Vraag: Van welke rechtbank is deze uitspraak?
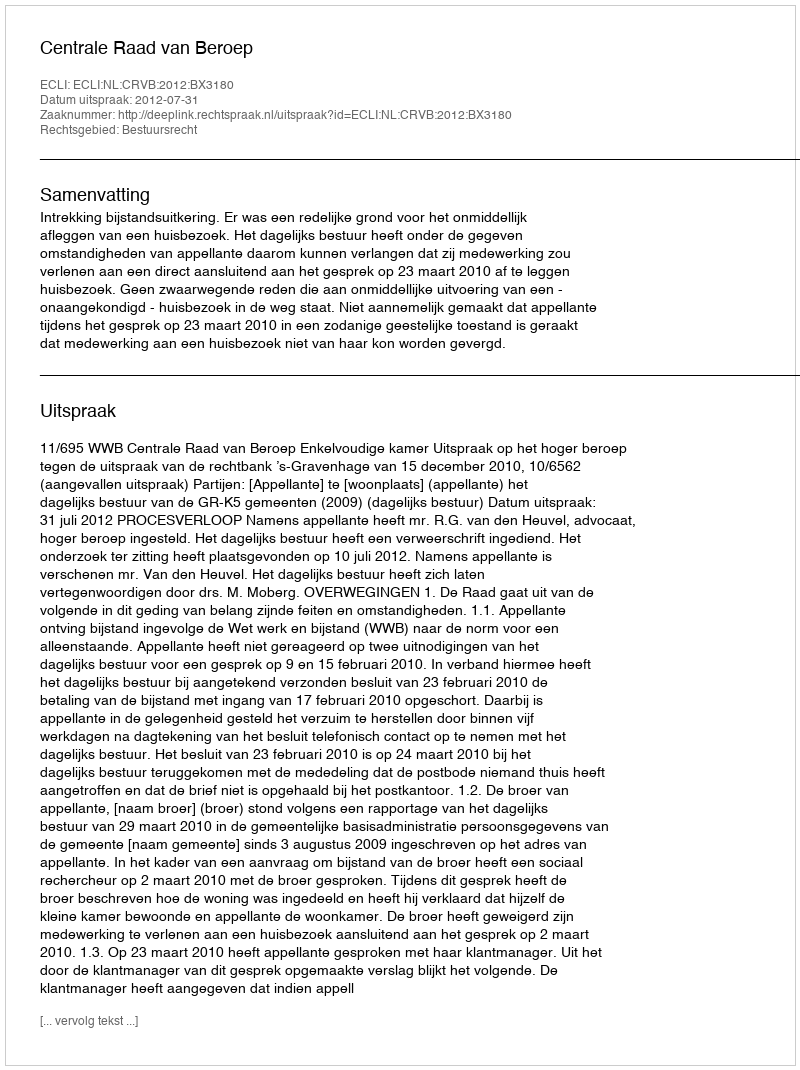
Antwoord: Centrale Raad van Beroep